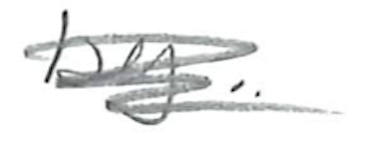
Text: by
Cross-out: scratch
Writing tool: pencil